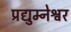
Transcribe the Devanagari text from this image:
प्रद्युम्नेश्वर